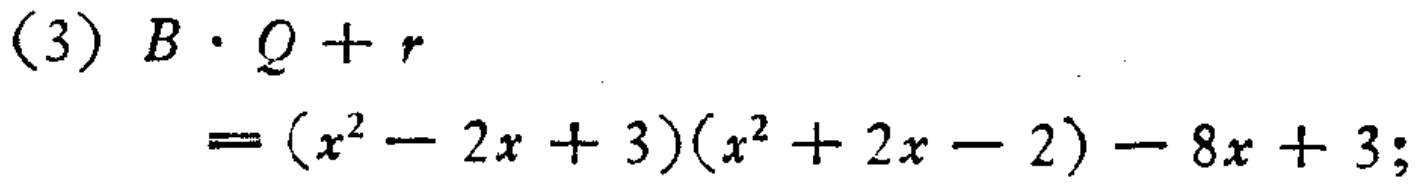
(3) \(B\cdot Q + r\)

\(=(x^{2}-2x + 3)(x^{2}+2x - 2)-8x + 3;\)